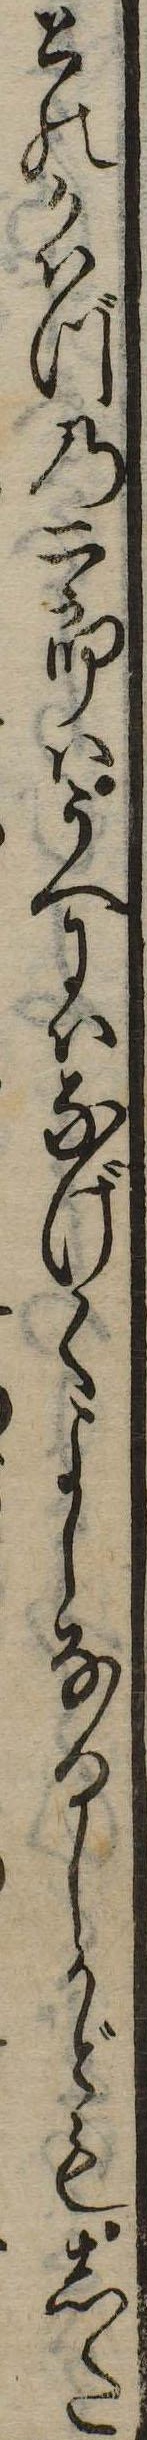
とのかはづの二郎はうへにはなげくよしなるしかどもした